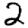
Digit: 2